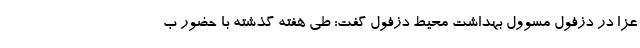
عزا در دزفول مسوول بهداشت محیط دزفول گفت: طی هفته گذشته با حضور ب